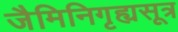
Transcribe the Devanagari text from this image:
जैमिनिगृह्यसूत्र